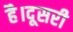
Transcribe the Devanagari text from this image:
है।दूसरी